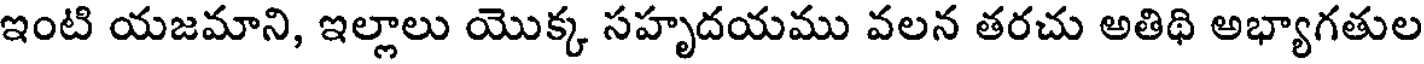
ఇంటి యజమాని, ఇల్లాలు యొక్క సహృదయము వలన తరచు అతిథి అభ్యాగతుల